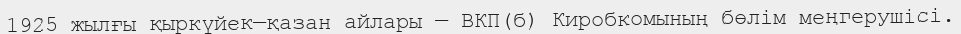
1925 жылғы қыркүйек—қазан айлары — ВКП(б) Киробкомының бөлім меңгерушісі.